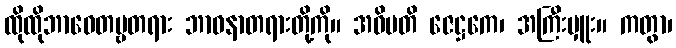
ထိုထိုဘာဝေတဗ္ဗတရား ဘာဝနာတရားတို့ကို။ အဓိပတိ ဇေဋ္ဌကေ၊ အကြီးမှူး။ ကတွာ၊